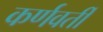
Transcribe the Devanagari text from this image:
कर्णवर्ती